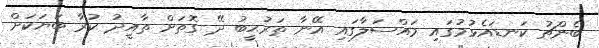
ބެންޗު ކަނޑައެޅުމުގައި މައްސަލާގައި އޭނާ ތަރުޙީބު ދޭ ގޮތަށް ތާއީދު ކުރާ ބަޔަކަށް